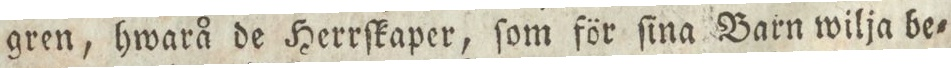
gren, hwarå de Herrſkaper, ſom för ſina Barn wilja be=